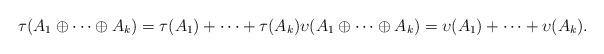
LaTeX: \begin{align*} \tau(A_1\oplus\cdots \oplus A_k)=\tau(A_1)+\cdots+\tau(A_k) \upsilon(A_1\oplus\cdots \oplus A_k)=\upsilon(A_1)+\cdots+\upsilon(A_k).\end{align*}